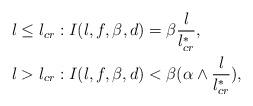
LaTeX: \begin{align*} &l\leq l_{cr}:I(l,f,\beta,d)=\beta \frac{l}{l_{cr}^*}, \\ &l>l_{cr}:I(l,f,\beta,d)<\beta(\alpha \wedge\frac{l}{l_{cr}^*}), \end{align*}